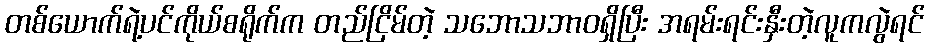
တစ်ယောက်ရဲ့ပင်ကိုယ်စရိုက်က တည်ငြိမ်တဲ့ သဘောသဘာဝရှိပြီး အရမ်းရင်းနှီးတဲ့လူကလွဲရင်